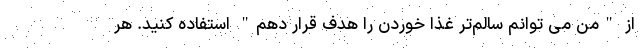
از "من می توانم سالم‌تر غذا خوردن را هدف قرار دهم" استفاده کنید. هر